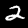
Digit: 2